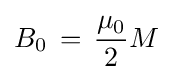
B_{0}\,=\,{\frac {\mu _{0}}{2}}M